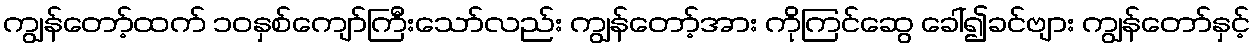
ကျွန်တော့်ထက် ၁၀နှစ်ကျော်ကြီးသော်လည်း ကျွန်တော့်အား ကိုကြင်ဆွေ ခေါ်၍ခင်ဗျား ကျွန်တော်နှင့်